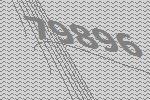
79896